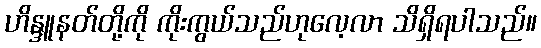
ဟိန္ဒူနတ်တို့ကို ကိုးကွယ်သည်ဟုလေ့လာ သိရှိရပါသည်။